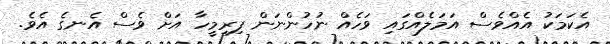
އެކަމަކު އެއްވެސް އަމަލެއްގައި ވަހެއް ނުހުންނަން ފިރިމީހާ އަށް ވެސް އެނގެ އެވެ.